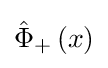
{\hat {\Phi }}_{+}\left(x\right)